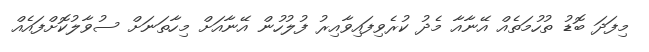
މިފަދަ ބޮޑު ތުހުމަތެއް އޭނާއާ މެދު ކުރެވިފައިވާއިރު ފުލުހުން އޭނާއަށް މިހާތަނަށް ސުވާލުކޮށްފައެއް